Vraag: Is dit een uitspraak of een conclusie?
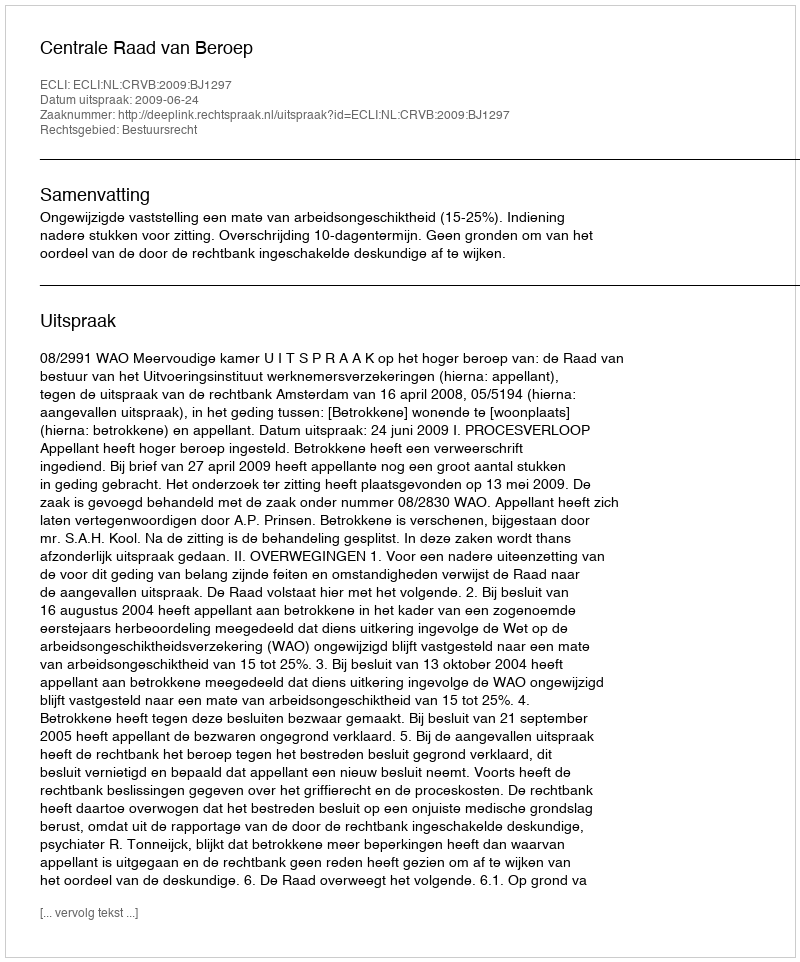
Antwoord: Uitspraak